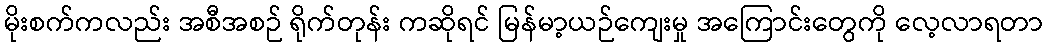
မိုးစက်ကလည်း အစီအစဉ် ရိုက်တုန်း ကဆိုရင် မြန်မာ့ယဉ်ကျေးမှု အကြောင်းတွေကို လေ့လာရတာ